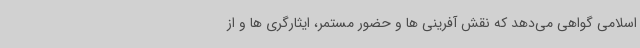
اسلامی گواهی می‌دهد که نقش آفرینی ها و حضور مستمر، ایثارگری ها و از